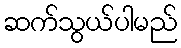
ဆက်သွယ်ပါမည်